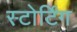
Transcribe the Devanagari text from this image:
स्टोर्टिंग